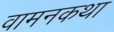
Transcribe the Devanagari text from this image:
वामनकथा